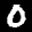
Label: 0